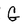
Character: G